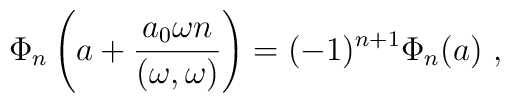
\Phi_n\left(a+\frac{a_0\omega n}{(\omega,\omega)}\right) =(-1)^{n+1}\Phi_n(a)\ ,